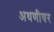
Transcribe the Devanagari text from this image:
अथणीवर